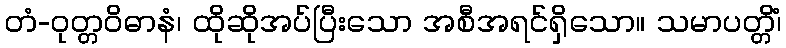
တံ-ဝုတ္တဝိဓာနံ၊ ထိုဆိုအပ်ပြီးသော အစီအရင်ရှိသော။ သမာပတ္တိံ၊